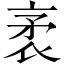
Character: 袤